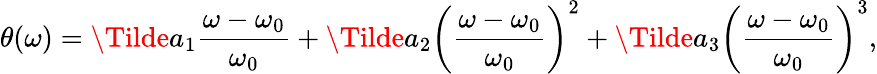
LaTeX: \theta(\omega)=\Tilde{a}_{1}\frac{\omega-\omega_{0}}{\omega_{0}}+\Tilde{a}_{2}\left(\frac{\omega-\omega_{0}}{\omega_{0}}\right)^{2}+\Tilde{a}_{3}\left(\frac{\omega-\omega_{0}}{\omega_{0}}\right)^{3},